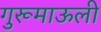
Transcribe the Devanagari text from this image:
गुरूमाऊली